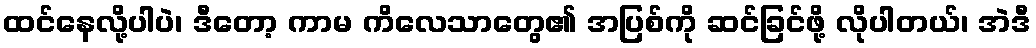
ထင်နေလို့ပါပဲ၊ ဒီတော့ ကာမ ကိလေသာတွေ၏ အပြစ်ကို ဆင်ခြင်ဖို့ လိုပါတယ်၊ အဲဒီ